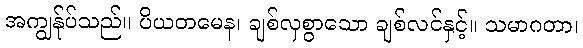
အကျွန်ုပ်သည်။ ပိယတမေန၊ ချစ်လှစွာသော ချစ်လင်နှင့်။ သမာဂတာ၊